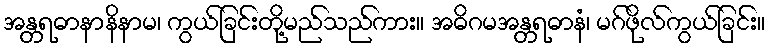
အန္တရဓာနာနိနာမ၊ ကွယ်ခြင်းတို့မည်သည်ကား။ အဓိဂမအန္တရဓာနံ၊ မဂ်ဖိုလ်ကွယ်ခြင်း။